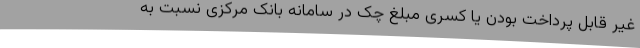
غیر قابل پرداخت بودن یا کسری مبلغ چک در سامانه بانک مرکزی نسبت به